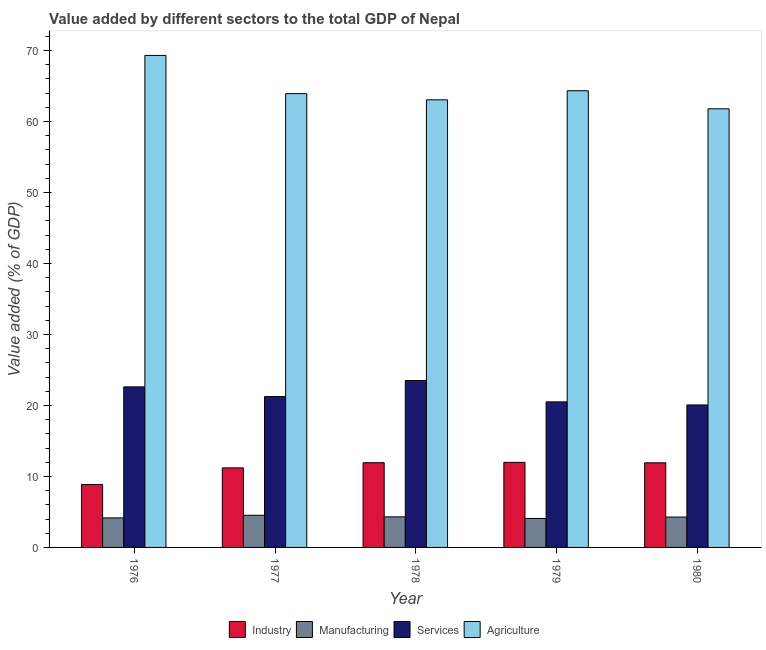
| Year | Industry | Manufacturing | Services | Agriculture |
 | --- | --- | --- | --- | --- |
 | 1976 | 8.86 | 4.16 | 22.6 | 69.3 |
 | 1977 | 11.2 | 4.53 | 21.2 | 63.9 |
 | 1978 | 11.9 | 4.31 | 23.5 | 63 |
 | 1979 | 12 | 4.08 | 20.5 | 64.3 |
 | 1980 | 11.9 | 4.28 | 20.1 | 61.8 |